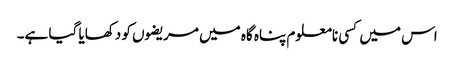
اس میں کسی نامعلوم پناہ گاہ میں مریضوں کو دکھایا گیا ہے۔